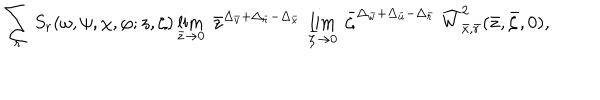
\sum _ { r } S _ { r } ( \omega , \psi , \chi , \varphi ; z , \zeta ) \lim _ { \bar { z } \rightarrow 0 } \; \bar { z } ^ { \Delta _ { \bar { v } } + \Delta _ { \bar { r } } - \Delta _ { \bar { x } } } \; \lim _ { \bar { \zeta } \rightarrow 0 } \; \bar { \zeta } ^ { \Delta _ { \bar { w } } + \Delta _ { \bar { u } } - \Delta _ { \bar { r } } } \; \widehat { W } _ { \bar { x } , \bar { r } } ^ { 2 } ( \bar { z } , \bar { \zeta } , 0 ) ,